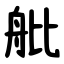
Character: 舭